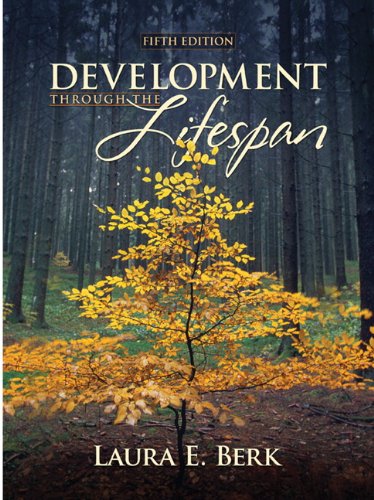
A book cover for Development Through the Lifespan (5th Edition); Laura E. Berk; Health, Fitness & Dieting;